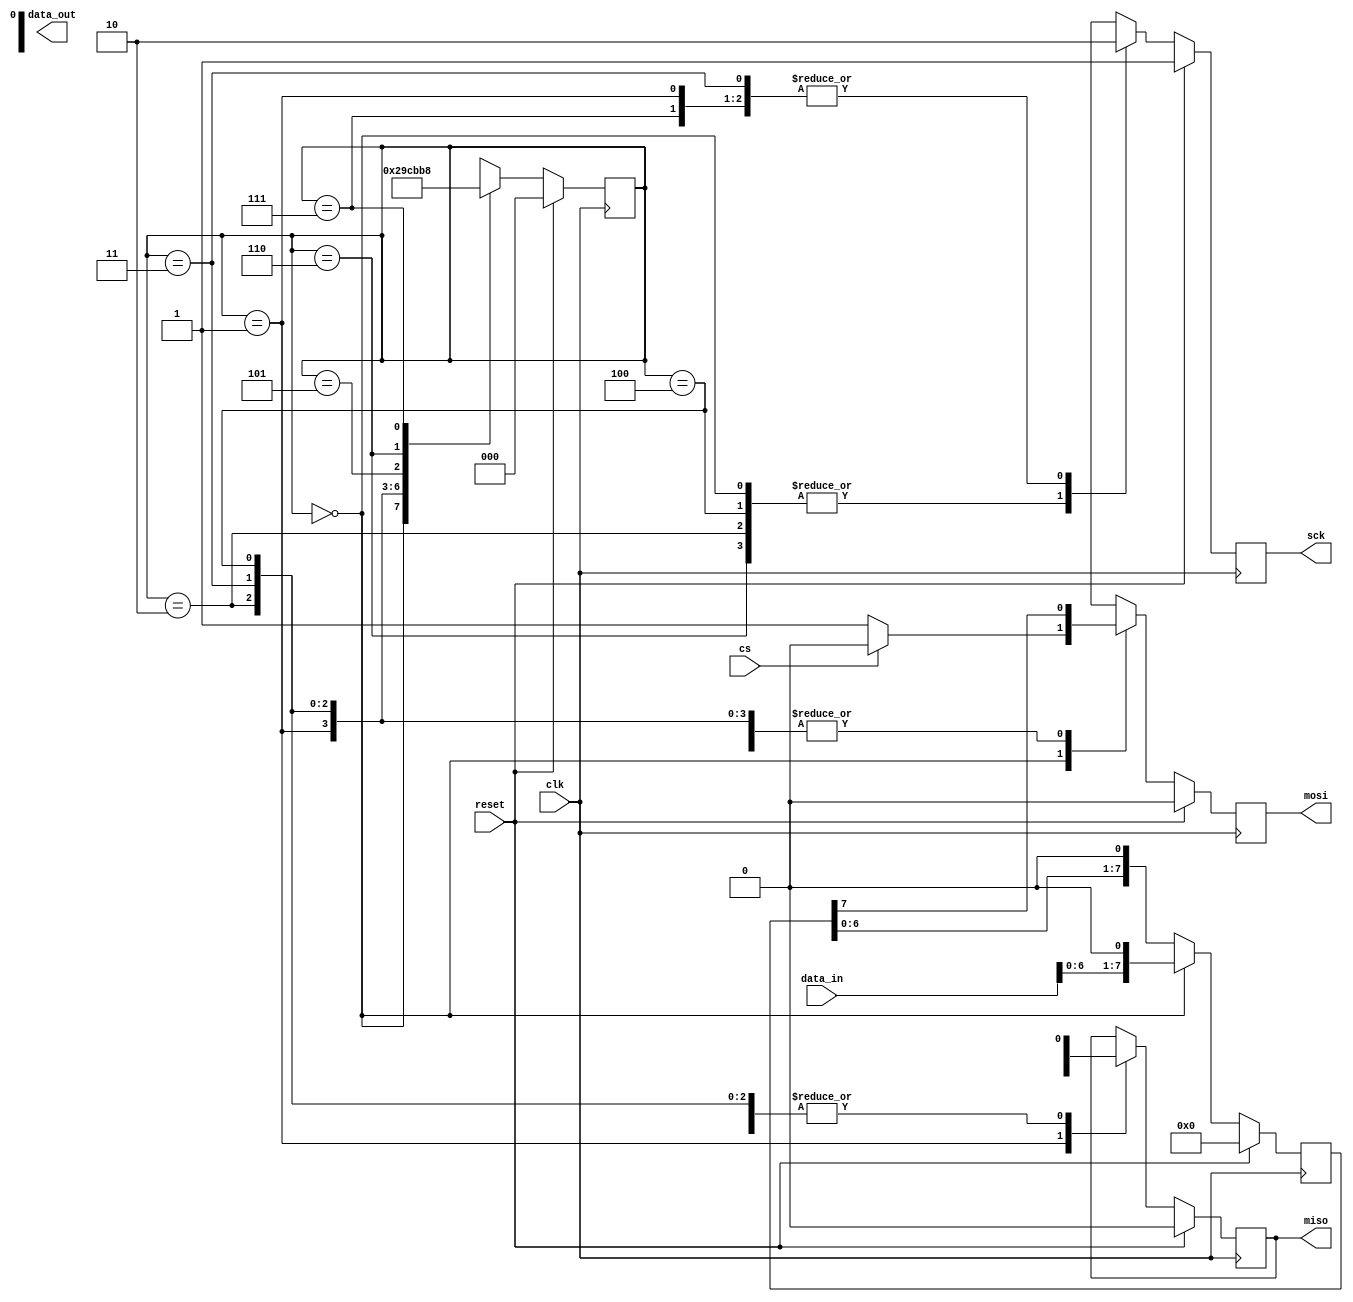
module spi_master (
    input wire clk,
    input wire reset,
    input wire cs,
    input wire [7:0] data_in,
    output reg [7:0] data_out,
    output reg sck,
    output reg mosi,
    output reg miso
);

parameter DATA_WIDTH = 8;
parameter CLOCK_FREQUENCY = 1000000;
parameter CPOL = 0;
parameter CPHA = 0;

reg [7:0] shift_register;
reg [2:0] state;

// Shift register for sending data bits serially
always @(posedge clk) begin
    if (reset) begin
        shift_register <= 8'b0;
    end else if (state == 3'b000) begin
        shift_register <= {data_in, 1'b0};
    end else begin
        shift_register <= {shift_register[6:0], 1'b0};
    end
end

// Control logic for generating clock and chip select signals
always @(posedge clk) begin
    if (reset) begin
        sck <= !CPOL;
        mosi <= 1'b0;
        state <= 3'b000;
    end else begin
        case (state)
            3'b000: begin
                sck <= !CPOL;
                mosi <= cs ? 1'b0 : 1'b1;
                state <= 3'b001;
            end
            3'b001: begin
                sck <= CPOL;
                mosi <= shift_register[7];
                state <= 3'b010;
            end
            3'b010: begin
                sck <= !CPOL;
                mosi <= shift_register[7];
                state <= 3'b011;
            end
            3'b011: begin
                sck <= CPOL;
                mosi <= shift_register[7];
                state <= 3'b100;
            end
            3'b100: begin
                sck <= !CPOL;
                mosi <= shift_register[7];
                state <= 3'b101;
            end
            3'b101: begin
                sck <= CPOL;
                mosi <= shift_register[7];
                state <= 3'b110;
            end
            3'b110: begin
                sck <= !CPOL;
                mosi <= shift_register[7];
                state <= 3'b111;
            end
            3'b111: begin
                sck <= CPOL;
                mosi <= shift_register[7];
                state <= 3'b000;
            end
        endcase
    end
end

// State machine for managing data transfer protocol
always @(posedge clk) begin
    if (reset) begin
        miso <= 1'b0;
    end else begin
        case (state)
            3'b001: miso <= 1'b0;
            3'b010: miso <= data_out[7];
            3'b011: miso <= data_out[7];
            3'b100: miso <= data_out[7];
            3'b101: miso <= data_out[7];
            3'b110: miso <= data_out[7];
            3'b111: miso <= data_out[7];
        endcase
    end
end

endmodule